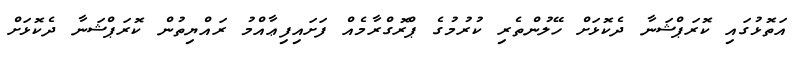
އަތޮޅުގައި ކޮރަޕްޝަނާ ދެކޮޅަށް ހޭލުންތެރި ކުރުމުގެ ޕްރޮގްރާމެއް ފަށައިފިޢާއްމު ރައްޔިތުން ކޮރަޕްޝަނާ ދެކޮޅަށް